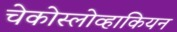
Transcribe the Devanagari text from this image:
चेकोस्लोव्हाकियन